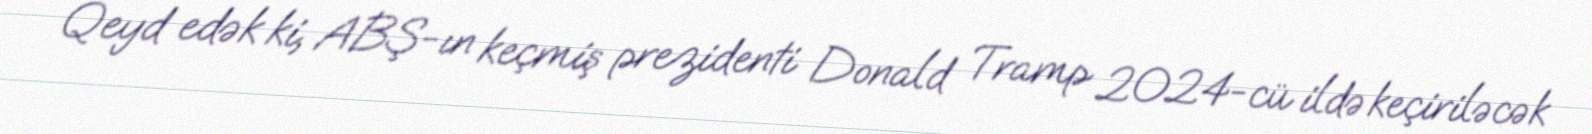
Qeyd edək ki, ABŞ-ın keçmiş prezidenti Donald Tramp 2024-cü ildə keçiriləcək